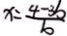
x = \frac { 4 - 3 b } { b }